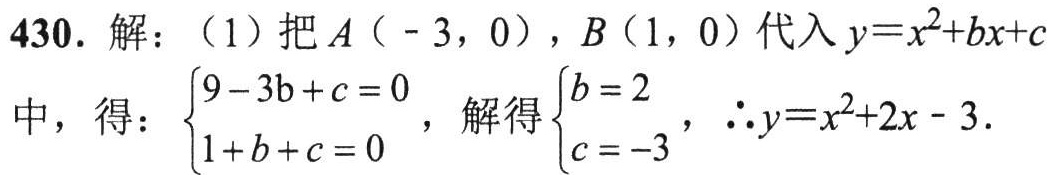
430. 解：（1）把\(A(-3,0)\)，\(B(1,0)\)代入\(y = x^{2}+bx + c\)中，得：\(\begin{cases}9 - 3b + c = 0\\1 + b + c = 0\end{cases}\)，解得\(\begin{cases}b = 2\\c = - 3\end{cases}\)，\(\therefore y=x^{2}+2x - 3\).